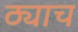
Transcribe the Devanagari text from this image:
ठ्याच